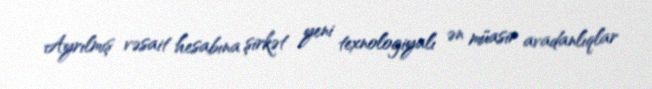
Ayrılmış vəsait hesabına şirkət yeni texnologiyalı ən müasir avadanlıqlar